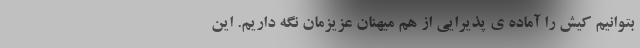
بتوانیم کیش را آماده ی پذیرایی از هم میهنان عزیزمان نگه داریم. این